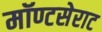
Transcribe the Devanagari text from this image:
मॉण्टसेराट